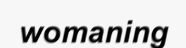
womaning